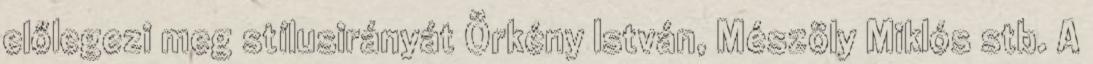
előlegezi meg stílusirányát Örkény István, Mészöly Miklós stb. A